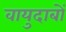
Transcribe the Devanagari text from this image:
वायुदाबों